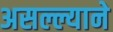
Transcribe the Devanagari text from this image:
असल्ल्याने